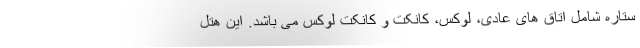
ستاره شامل اتاق های عادی، لوکس، کانکت و کانکت لوکس می باشد. این هتل